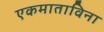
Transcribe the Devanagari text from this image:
एकमाताविना